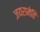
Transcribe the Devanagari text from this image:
जयरामेति